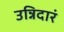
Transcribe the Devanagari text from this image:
उन्निदारं